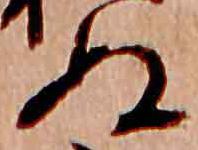
ぬ